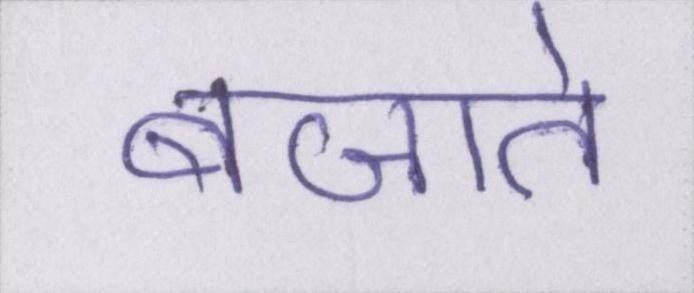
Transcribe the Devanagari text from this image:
बजाते